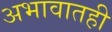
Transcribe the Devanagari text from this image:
अभावातही